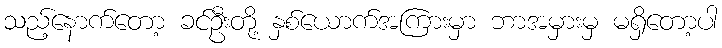
သည့်နောက်တော့ ခင်ဦးတို့ နှစ်ယောက်အကြားမှာ ဘာအမှားမှ မရှိတော့ပါ